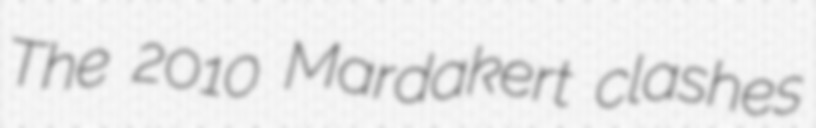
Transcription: The 2010 Mardakert clashes